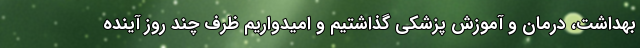
بهداشت، درمان و آموزش پزشکی گذاشتیم و امیدواریم ظرف چند روز آینده